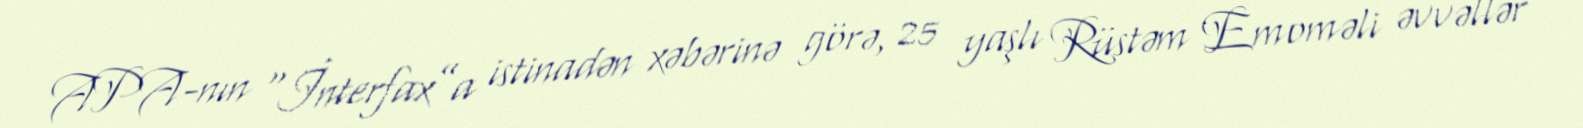
APA-nın “İnterfax”a istinadən xəbərinə görə, 25 yaşlı Rüstəm Emoməli əvvəllər